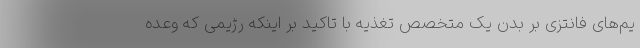
یم‌های فانتزی بر بدن یک متخصص تغذیه با تاکید بر اینکه رژیمی که وعده